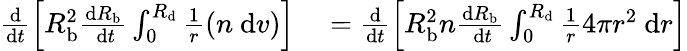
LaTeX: \begin{array}{r}{\begin{array}{rl}{\frac{\mathrm{d}}{\mathrm{d}t}\left[R_{\mathrm{b}}^{2}\frac{\mathrm{d}R_{\mathrm{b}}}{\mathrm{~d}t}\int_{0}^{R_{\mathrm{d}}}\frac{1}{r}(n\mathrm{~d}v)\right]}&{{}=\frac{\mathrm{d}}{\mathrm{d}t}\left[R_{\mathrm{b}}^{2}n\frac{\mathrm{d}R_{\mathrm{b}}}{\mathrm{~d}t}\int_{0}^{R_{\mathrm{d}}}\frac{1}{r}4\pi r^{2}\mathrm{~d}r\right]}\end{array}}\end{array}